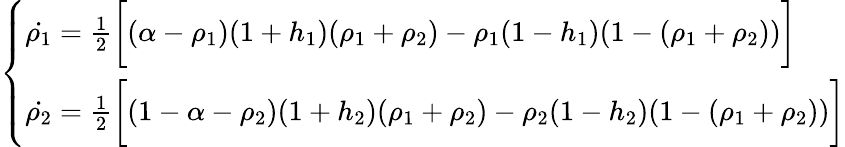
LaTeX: \left\{ \begin{array}{ll}{\dot{\rho_{1}}=\frac{1}{2}\bigg[(\alpha-\rho_{1})(1+h_{1})(\rho_{1}+\rho_{2})-\rho_{1}(1-h_{1})(1-(\rho_{1}+\rho_{2}))\bigg]}\\ {\dot{\rho_{2}}=\frac{1}{2}\bigg[(1-\alpha-\rho_{2})(1+h_{2})(\rho_{1}+\rho_{2})-\rho_{2}(1-h_{2})(1-(\rho_{1}+\rho_{2}))\bigg]}\end{array}\right.